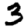
Digit: 3